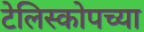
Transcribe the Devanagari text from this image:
टेलिस्कोपच्या